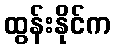
ထွန်းနိုင်က